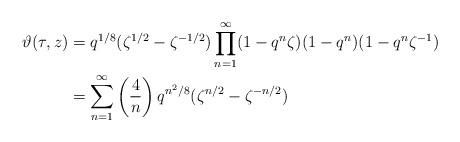
LaTeX: \begin{align*}\vartheta(\tau, z) &= q^{1/8} (\zeta^{1/2} - \zeta^{-1/2}) \prod_{n=1}^{\infty} (1 - q^n \zeta)(1 -q^n)(1-q^n \zeta^{-1})\\&= \sum_{n=1}^{\infty} \left( \frac{4}{n} \right) q^{n^2 / 8} (\zeta^{n/2} - \zeta^{-n/2}) \end{align*}